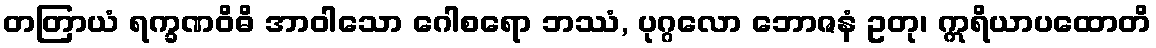
တတြာယံ ရက္ခဏဝိဓိ အာဝါသော ဂေါစရော ဘဿံ, ပုဂ္ဂလော ဘောဇနံ ဥတု၊ ဣရိယာပထောတိ